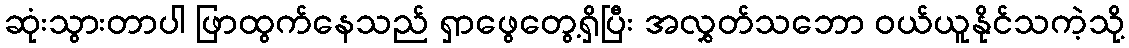
ဆုံးသွားတာပါ ဖြာထွက်နေသည် ရှာဖွေတွေ့ရှိပြီး အလွှတ်သဘော ဝယ်ယူနိုင်သကဲ့သို့